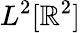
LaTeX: L^{2}[\mathbb{R}^{2}]